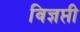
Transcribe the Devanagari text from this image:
विज्ञप्ती